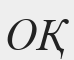
ОҚ